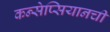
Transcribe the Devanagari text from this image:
कन्सेप्सियानची